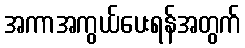
အကာအကွယ်ပေးရန်အတွက်